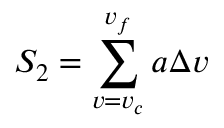
{ S _ { 2 } } = \sum _ { v = v _ { c } } ^ { v _ { f } } a \Delta v